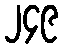
၂၄၉